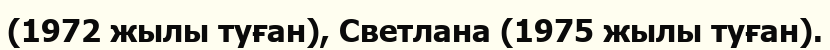
(1972 жылы туған), Светлана (1975 жылы туған).